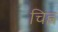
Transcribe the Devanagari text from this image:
चिह्ण